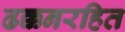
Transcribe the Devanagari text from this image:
ढक्कनरहित